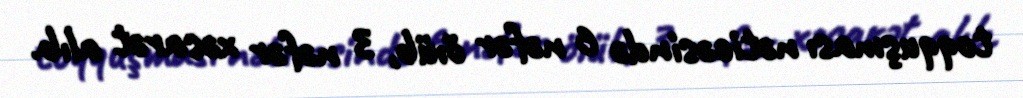
toqquşması nəticəsində 6 nəfər öıüb, 3 nəfər xəsarət alıb.